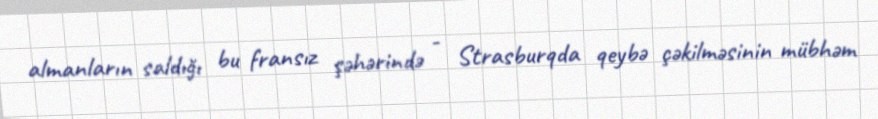
almanların saldığı bu fransız şəhərində - Strasburqda qeybə çəkilməsinin mübhəm